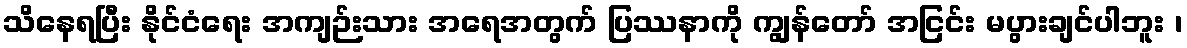
သိနေရပြီး နိုင်ငံရေး အကျဉ်းသား အရေအတွက် ပြဿနာကို ကျွန်တော် အငြင်း မပွားချင်ပါဘူး ၊